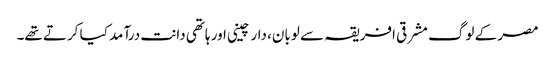
مصر کے لوگ مشرقی افریقہ سے لوبان، دار چینی اور ہاتھی دانت درآمد کیا کرتے تھے۔